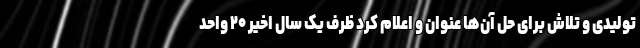
تولیدی و تلاش برای حل آن‌ها عنوان و اعلام کرد ظرف یک سال اخیر ۲۰ واحد